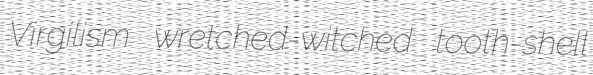
Virgilism wretched-witched tooth-shell